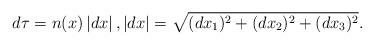
LaTeX: \begin{align*}d\tau =n(x)\left\vert dx\right\vert ,|dx|=\sqrt{(dx_{1})^{2}+(dx_{2})^{2}+(dx_{3})^{2}}. \end{align*}